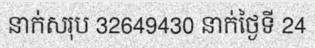
នាក់សរុប 32649430 នាក់ថ្ងៃទី 24